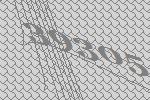
39305